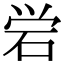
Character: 𬒈